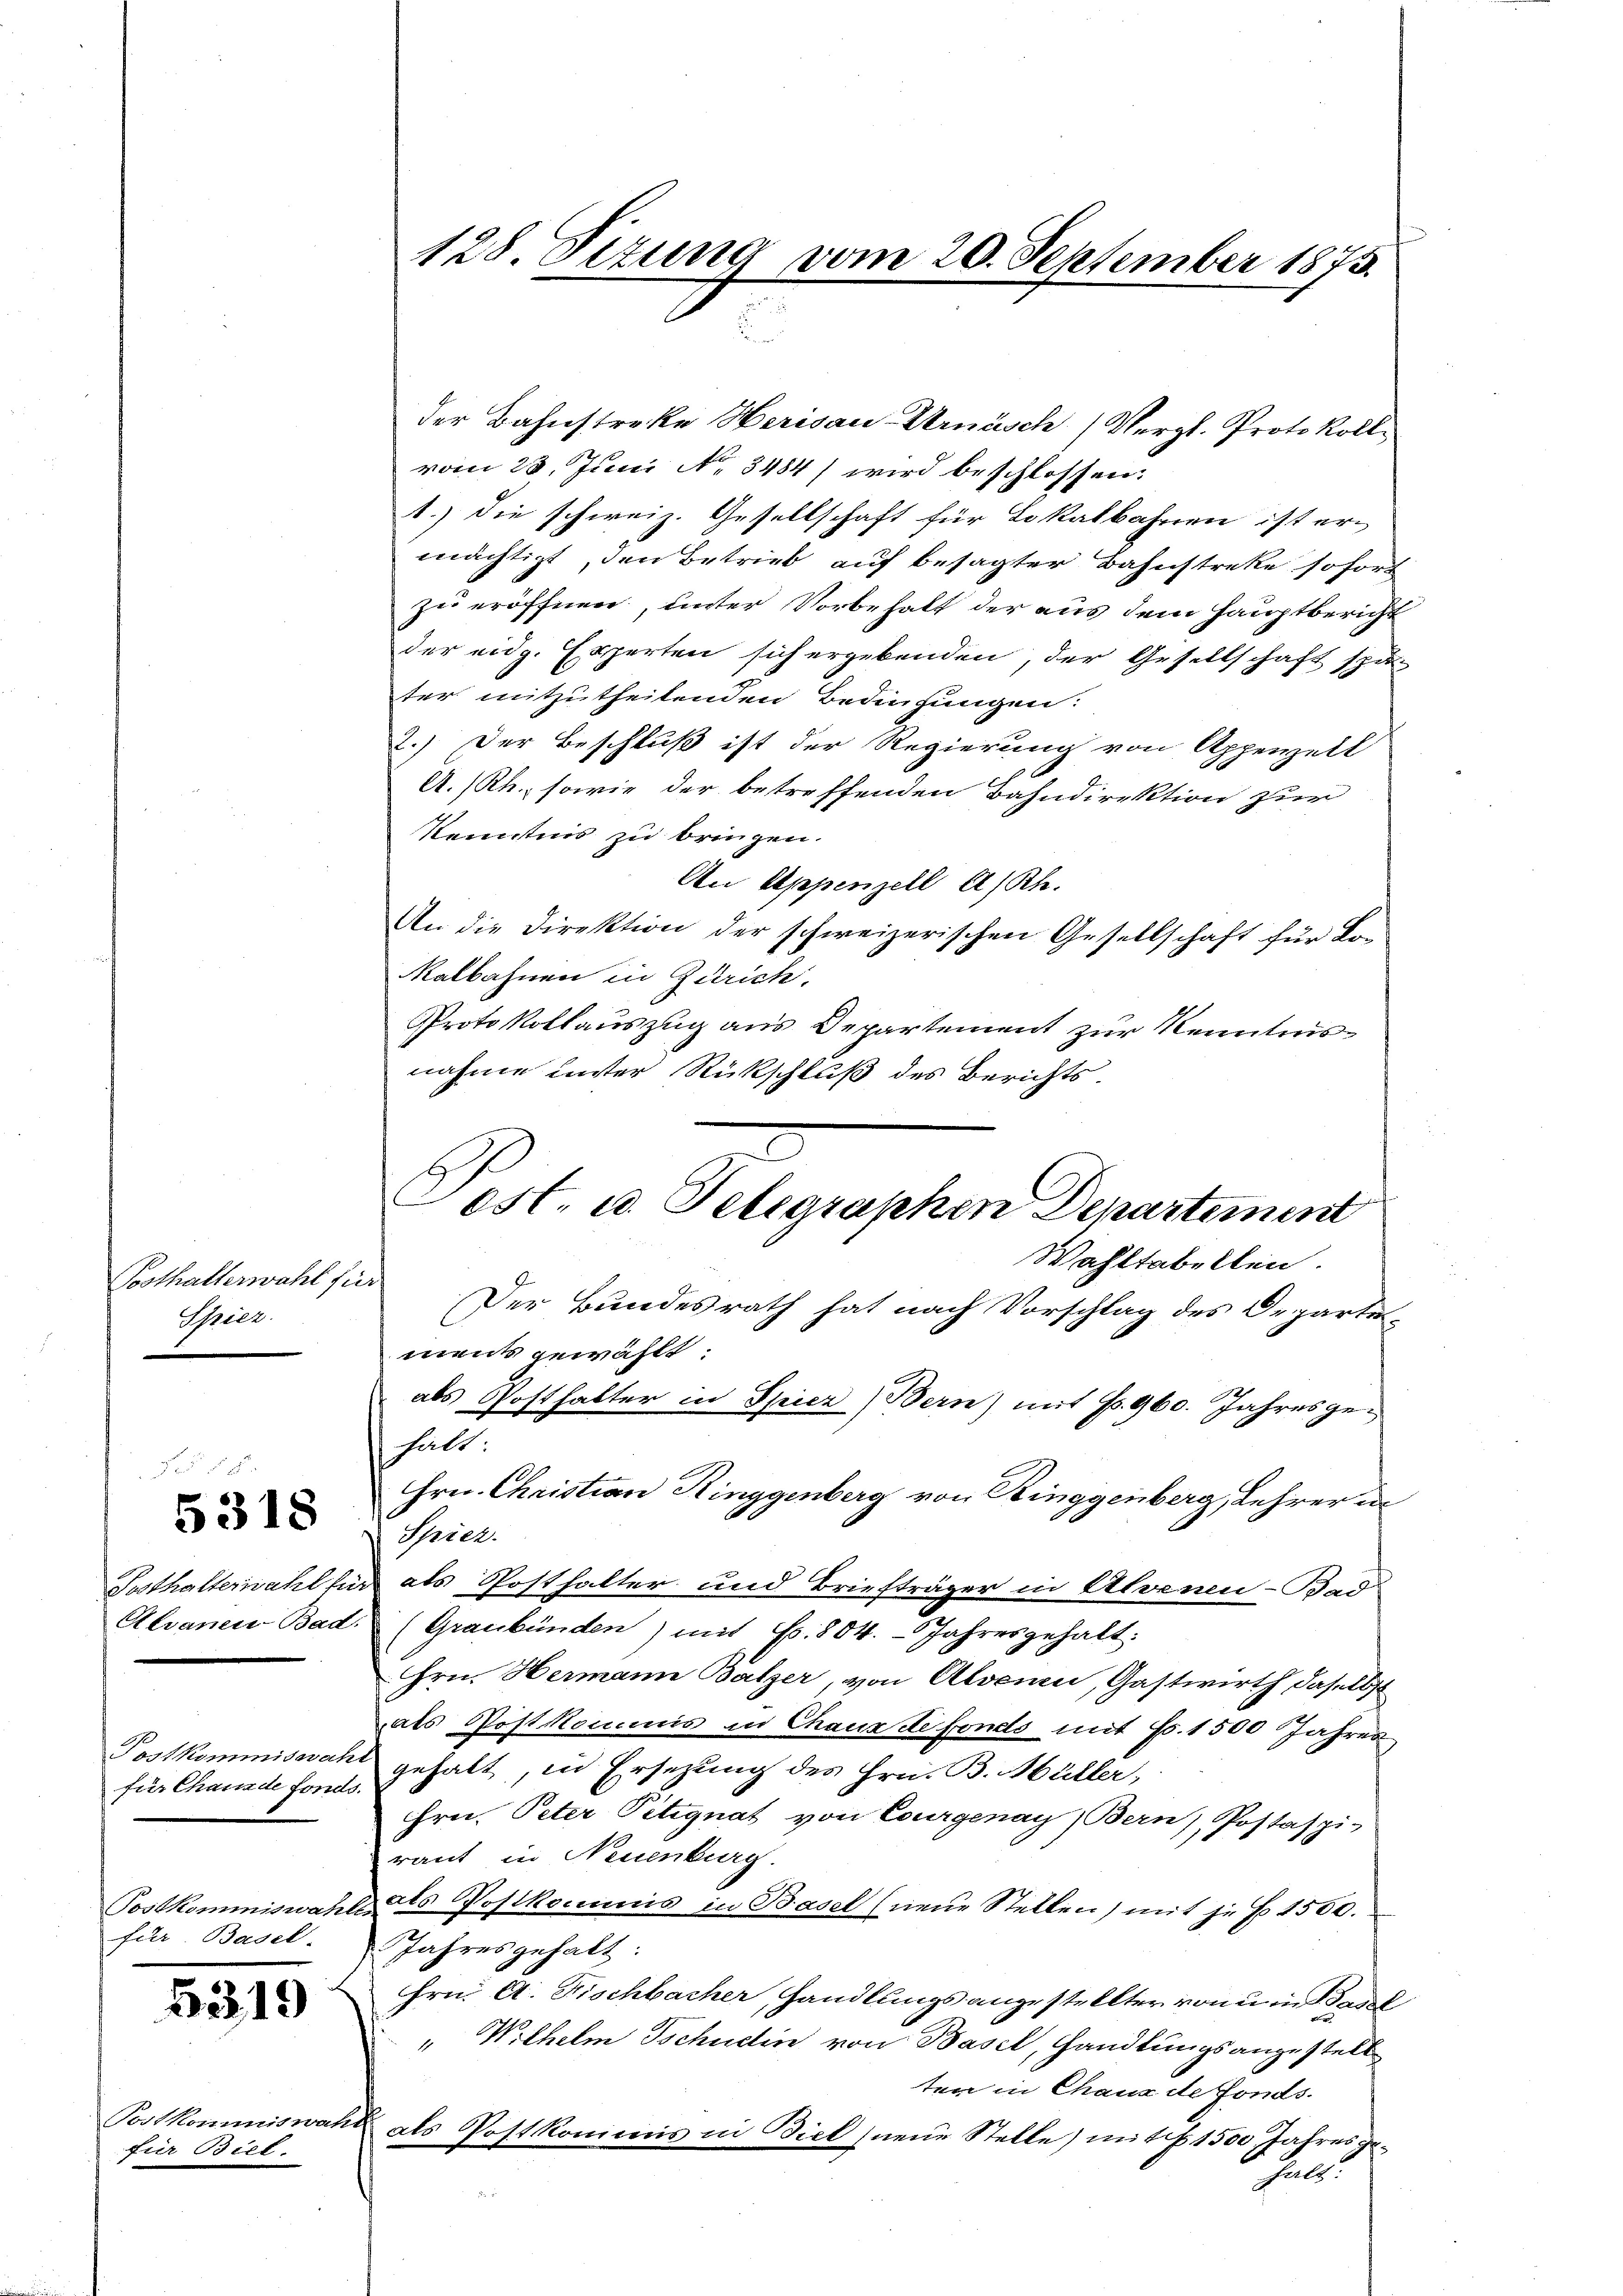
Posthalterwahl für
Spiez.

5318

Posthalterwahl zu

Postkommiswal
für Chanade fonds.

Postkommiswahl
für. Basel-

5319

Postkommiswa
für Borel

128. Sitzung vom 20. September 1873.

der Bahnstreke Herisau Urnäsch (Vergl. Protokoll
vom 28. Juni No 3484) wird beschlossen:
1.) die schweiz. Gesellschaft für Lokalbahnen ist er-
mächtigt, den Betrieb auf besagter Bahnstreke sofort
zu eröffnen, unter Vorbehalt der aus dem Hauptbericht
der eidg. Experten sich ergebenden, der Gesellschaft spä
ter mitzutheilenden Bedingungen:
2.) Der Beschluß ist der Regierung von Appenzell
A.Rh., sowie der betreffenden Bahndirektion zur
Kenntnis zu bringen.
An Appenzell A/Rh.
An die Direktion der schweizerischen Gesellschaft für Lo¬
Ralbahnen in Zürich.
Protokollauszug aus Departement zur Kenntnisnahme unter Rückschluß des Berichts¬
Wahltabellen.
Der Bundesrath hat nach Vorschlag des Departements gewählt
als Posthalter in Spier (Bern) mit Fr. 960. Jahresgehalt:
Hrn. Christian Ringgenberg von Ringgenberg, Lehrer in
Heiel.
i als Posthalter und Briefträger in Alvenen-Bad
Alvanen Bad. (Graubünden) mit Fr. 804. Jahresgehalt:
Hrn. Hermann Balzer, von Alvenen, Gastwirth, daselbst
als Postkommis in Chaux de fonds mit Fr. 1500 Jahres
et gehabt, in Ersetzung des Hrn. B. Müller,
Hrn. Peter Petignat von Courgenay, Bern), Postaspi-
raut in Neuenburg.
& als Postkommis in Basel (neue Stellen, mit je 1500.
Jahresgehalt.
Hrn. A. Fischbacher, handlungs angestellter von u. in Basel
" Wilhelm Tschudin von Basel, Handlungsangestell
ten in Chanz de Fonds.
als Postkommis in Biel neue Stelle) mit 1500 Jahres gehalt:
2

est. u. Telegraphen Departement